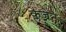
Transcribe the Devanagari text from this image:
क्लेज्नेन